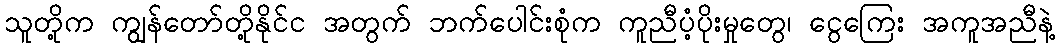
သူတို့က ကျွန်တော်တို့နိုင်င အတွက် ဘက်ပေါင်းစုံက ကူညီပံ့ပိုးမှုတွေ၊ ငွေကြေး အကူအညီနဲ့